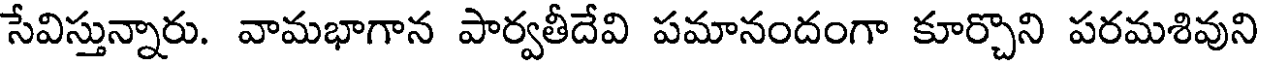
సేవిస్తున్నారు. వామభాగాన పార్వతీదేవి పమానందంగా కూర్చొని పరమశివుని